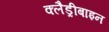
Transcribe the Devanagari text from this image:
क्लैड्रीबाइन